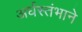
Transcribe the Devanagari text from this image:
अर्धस्तंभाने